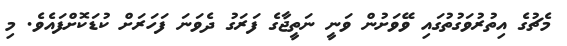
މެޗުގެ އިތުރުވަގުތުގައި ވޭވަށުން ވަނީ ނަތީޖާގެ ފަރަގު ދެވަނަ ފަހަރަށް ކުޑަކޮށްފައެވެ. މި